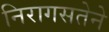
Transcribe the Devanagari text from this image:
निरागसतेने